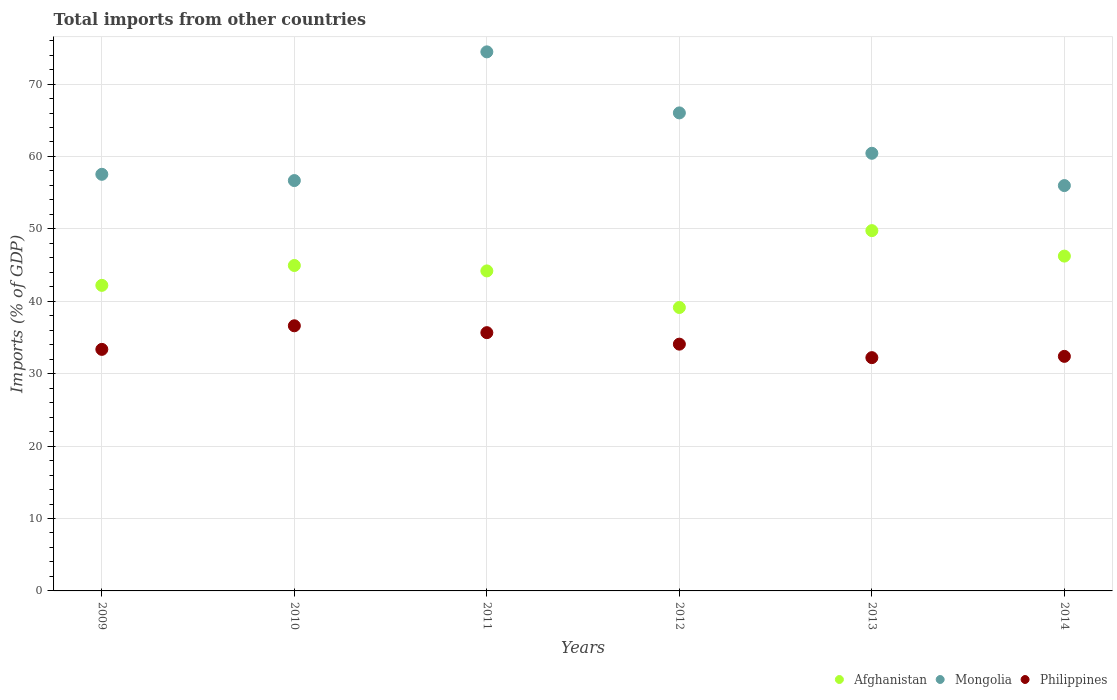
| Years | Afghanistan | Mongolia | Philippines |
 | --- | --- | --- | --- |
 | 2009 | 42.2 | 57.5 | 33.4 |
 | 2010 | 44.9 | 56.7 | 36.6 |
 | 2011 | 44.2 | 74.4 | 35.7 |
 | 2012 | 39.1 | 66 | 34.1 |
 | 2013 | 49.8 | 60.4 | 32.2 |
 | 2014 | 46.2 | 56 | 32.4 |